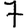
Digit: 7